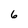
Character: 6